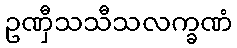
ဥဏှီသသီသလက္ခဏံ